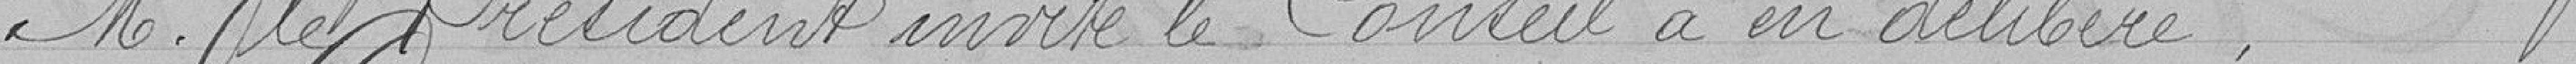
M/ le Président invite le Conseil à en délibéré.